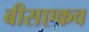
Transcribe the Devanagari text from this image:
बीसएकव